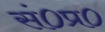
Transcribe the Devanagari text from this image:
सं०प्र०